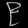
Digit: ၉